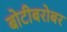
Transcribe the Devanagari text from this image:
बोटीबरोबर